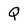
Character: Q